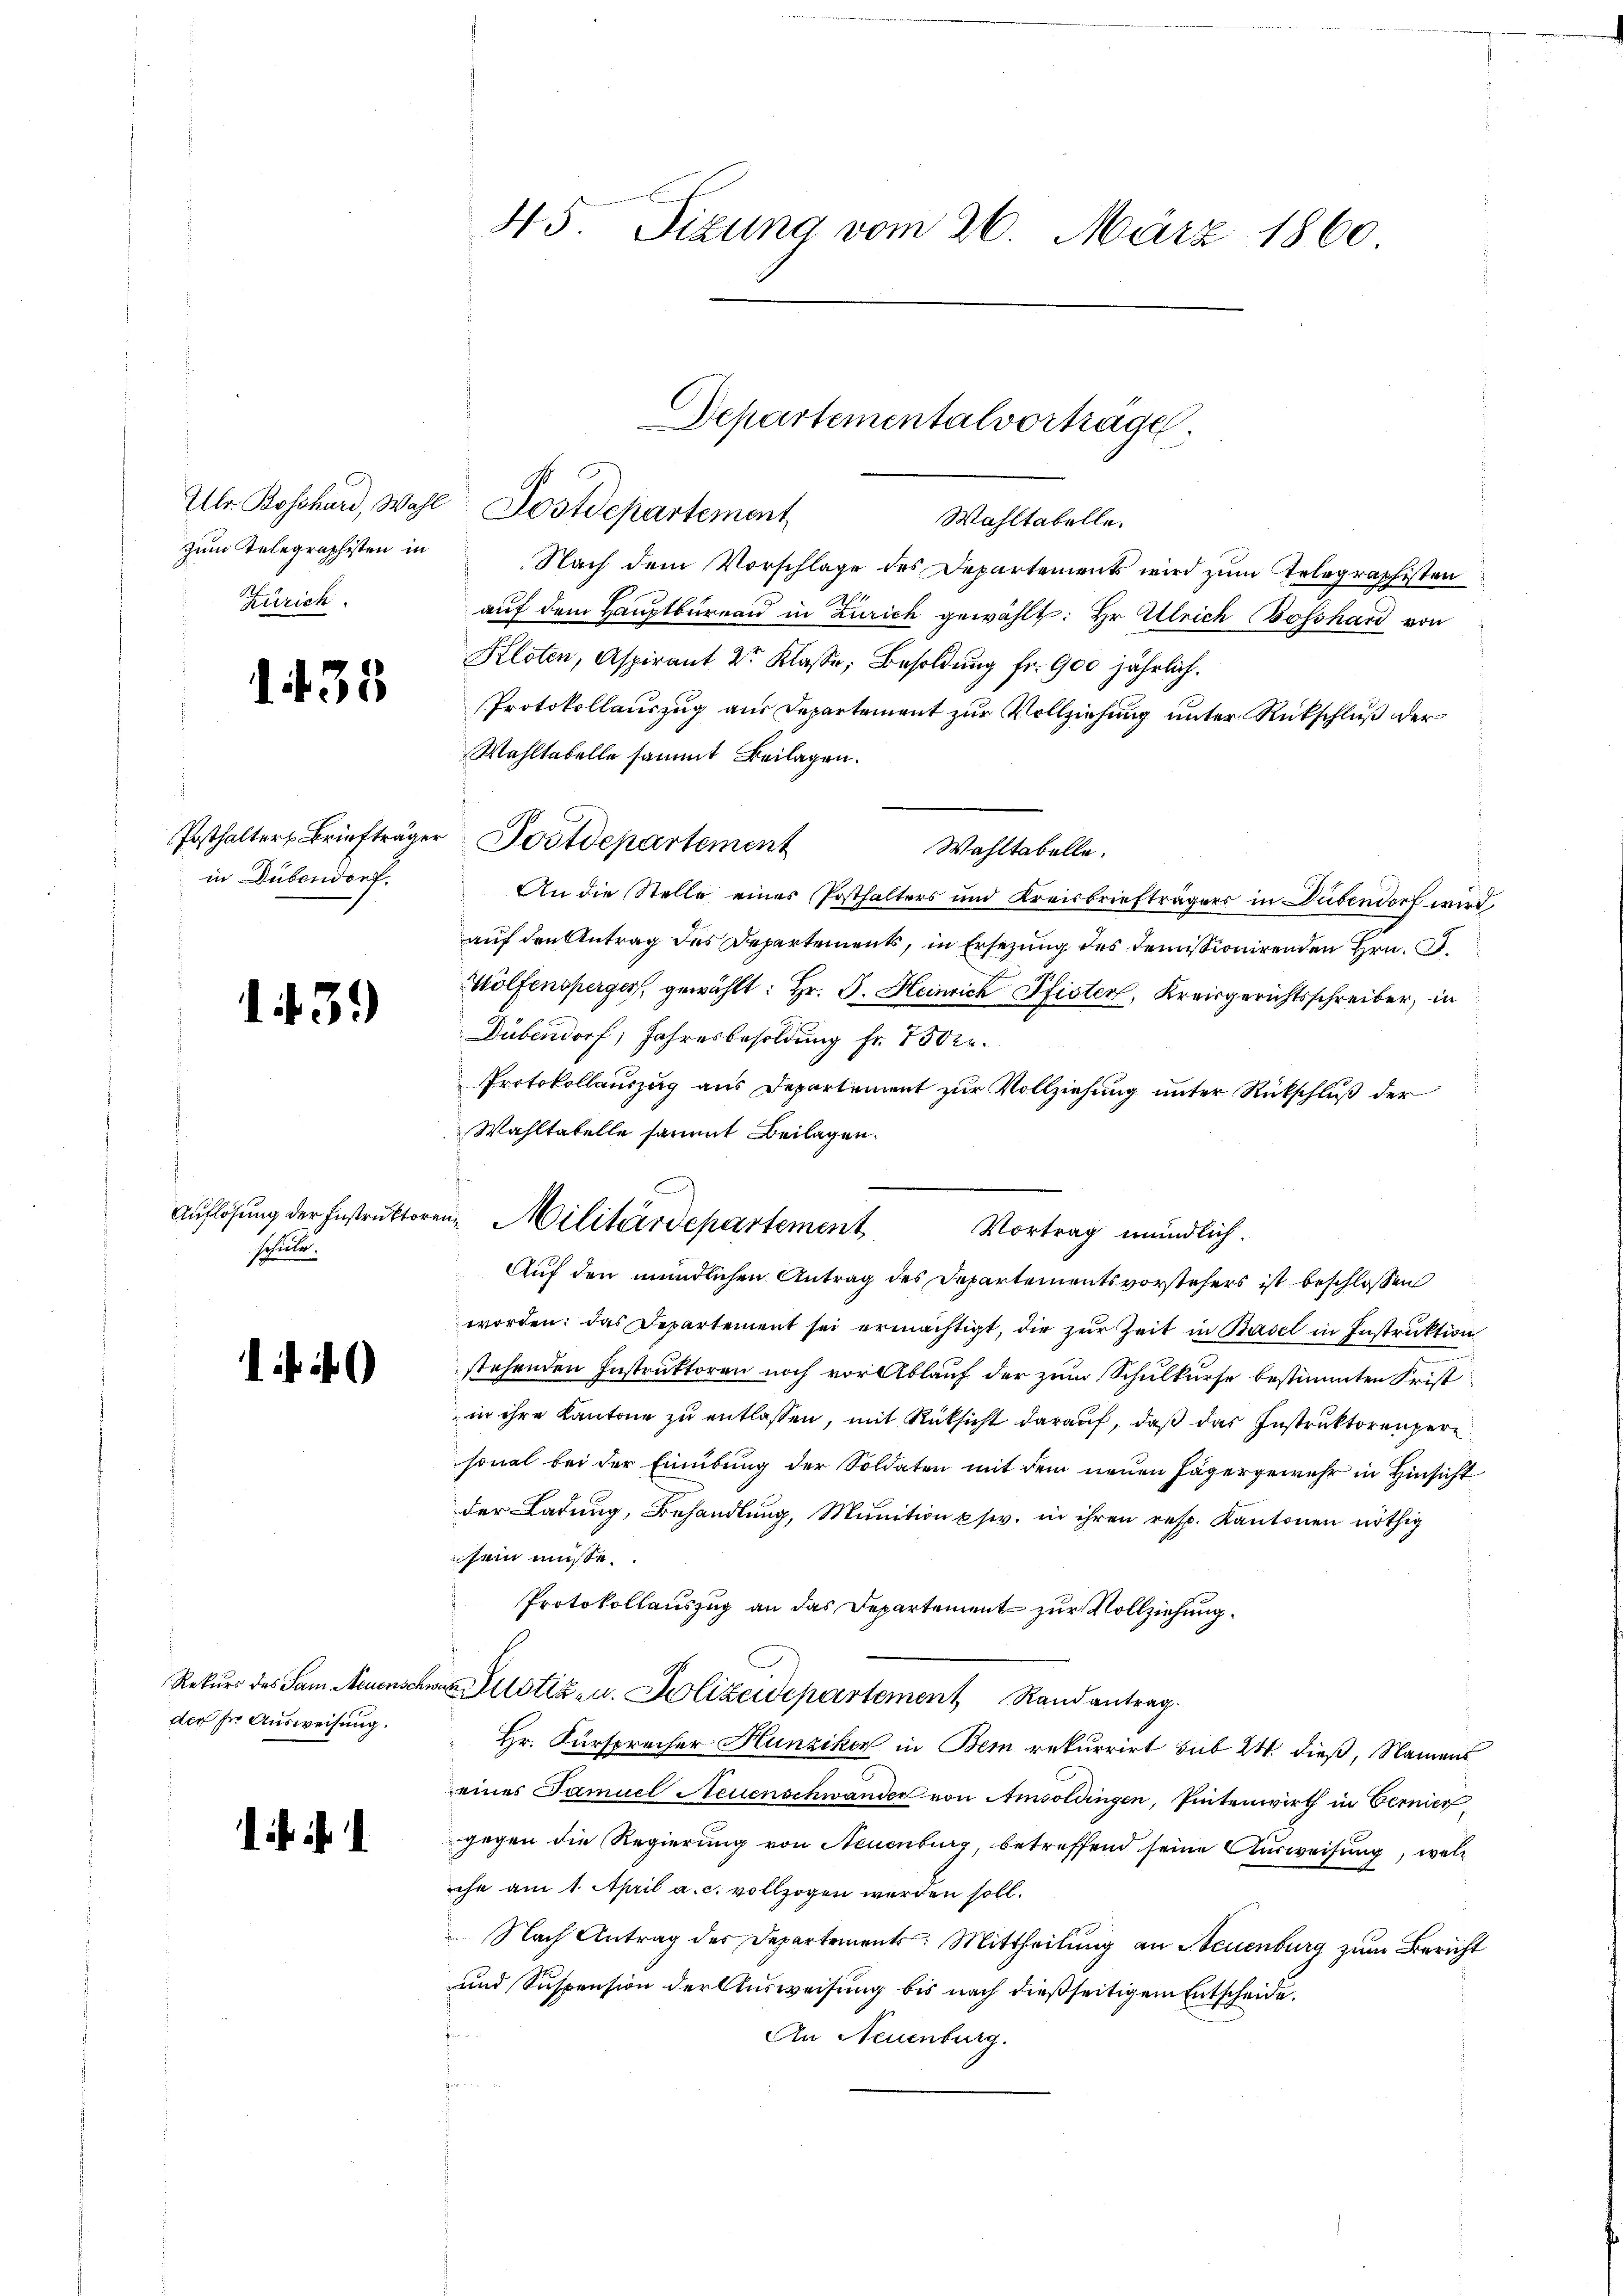
zum Telegraphisten in
Zürich.

1433

in Dübendorf.

143.)

Auflösung der Instruktor
schule.

1.

Rekurs des Sam Neuenschn
der der Ausweisung.

i

45. Sizung vom 26. März 1860

Ulr. Bosshard, Wahl Postdepartement
Wahltabelle.
Nach dem Vorschlage des Departements wird zum Telegraphisten
auf dem Hauptbüreau in Zürich gewählt: Hr Ulrich Bosshard von
Kloten, Aspirant 2r Klasse, Besoldung fr. 900 jährlich.
Protokollauszug aus Departement zur Vollziehung unter Rückschluß der
Wahltabelle sammt Beilagen.
Posthalters Briefträger Postdepartement
Wahltabelle.
An die Stelle eines Posthalters und Kreisbriefträgers in Dübendorf wird
auf den Antrag des Departements, in Ersezung des Demissionirenden Hrn. O.
Wölfensperger, gewählt: Hr. J. Heinrich Pfister, Kreisgerichtsschreiber, in
Dübendorf; Jahresbesoldung fr. 750kr.
Protokollauszug aus Departement zur Vollziehung unter Rückschluß der
Wahltatelle sammt Beilagen.
en Militärdepartement Vortrag mündlich.
Auf den mündlichen Antrag des Departementsvorstehers ist beschlossen
worden: das Departement sei ermächtigt, die zur Zeit in Basel in Instruktion
e
stehenden Instruktoren noch vor Ablauf der zum Schulkurse bestimmten Frist
in ihre Kantone zu entlassen, mit Rüksicht darauf, daß das Instruktorenper
sonal bei der Einübung der Soldaten mit dem neuen Jägergewehr in Hinsicht
der Ladung, Behandlung, Munition psiv. in ihren resp. Kantonen nöthig
sein müsse.
Protokollauszug an das Departement zur Vollziehung.
vas Justiz- u. Polizeidepartement Randantrag
Hr. Fürsprecher Hunziker in Bern rekurrirt sub 24. dieß, Namens
eines Samuel Neuenschwander von Amsoldingen, Püntenwirth in Vernier,
gegen die Regierung von Neuenburg, betreffend seine Ausweisung, welche am 1. April a. c. vollzogen werden soll.
Nach Antrag des Departements: Mittheilung an Neuenburg zum Bericht
und Suspension der Ausweisung bis nach dießseitigem Entscheide¬
An Neuenburg.
er con

Departementalvortrage